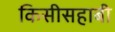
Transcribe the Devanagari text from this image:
किसीसहाबी